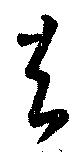
去